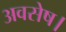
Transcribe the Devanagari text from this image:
अवसेष।